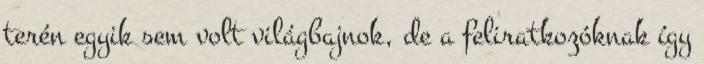
terén egyik sem volt világbajnok, de a feliratkozóknak így